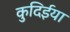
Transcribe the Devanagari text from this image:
कुदिईया